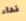
نداء